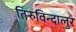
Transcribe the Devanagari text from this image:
तिरुविन्दालुर